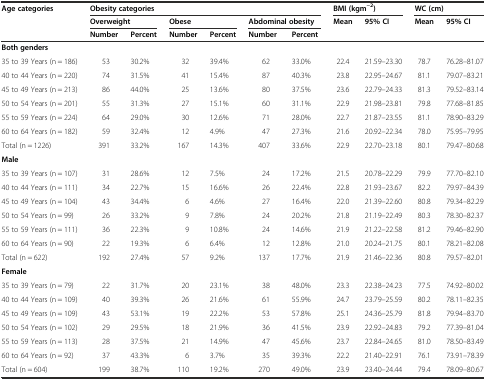
<table><thead><tr><td><b>Age categories</b></td><td colspan="6"><b>Obesity categories</b></td><td colspan="2"><b>BMI (kgm<sup>−2</sup>)</b></td><td colspan="2"><b>WC (cm)</b></td></tr><tr><td></td><td colspan="2"><b>Overweight</b></td><td colspan="2"><b>Obese</b></td><td colspan="2"><b>Abdominal obesity</b></td><td><b>Mean</b></td><td><b>95% CI</b></td><td><b>Mean</b></td><td><b>95% CI</b></td></tr><tr><td></td><td><b>Number</b></td><td><b>Percent</b></td><td><b>Number</b></td><td><b>Percent</b></td><td><b>Number</b></td><td><b>Percent</b></td><td></td><td></td><td></td><td></td></tr></thead><tbody><tr><td><b>Both genders</b></td><td></td><td></td><td></td><td></td><td></td><td></td><td></td><td></td><td></td><td></td></tr><tr><td>35 to 39 Years (n = 186)</td><td>53</td><td>30.2%</td><td>32</td><td>39.4%</td><td>62</td><td>33.0%</td><td>22.4</td><td>21.59–23.30</td><td>78.7</td><td>76.28–81.07</td></tr><tr><td>40 to 44 Years (n = 220)</td><td>74</td><td>31.5%</td><td>41</td><td>15.4%</td><td>87</td><td>40.3%</td><td>23.8</td><td>22.95–24.67</td><td>81.1</td><td>79.07–83.21</td></tr><tr><td>45 to 49 Years (n = 213)</td><td>86</td><td>44.0%</td><td>25</td><td>13.6%</td><td>80</td><td>37.5%</td><td>23.6</td><td>22.79–24.33</td><td>81.3</td><td>79.52–83.14</td></tr><tr><td>50 to 54 Years (n = 201)</td><td>55</td><td>31.3%</td><td>27</td><td>15.1%</td><td>60</td><td>31.1%</td><td>22.9</td><td>21.98–23.81</td><td>79.8</td><td>77.68–81.85</td></tr><tr><td>55 to 59 Years (n = 224)</td><td>64</td><td>29.0%</td><td>30</td><td>12.6%</td><td>71</td><td>28.0%</td><td>22.7</td><td>21.87–23.55</td><td>81.1</td><td>78.90–83.29</td></tr><tr><td>60 to 64 Years (n = 182)</td><td>59</td><td>32.4%</td><td>12</td><td>4.9%</td><td>47</td><td>27.3%</td><td>21.6</td><td>20.92–22.34</td><td>78.0</td><td>75.95–79.95</td></tr><tr><td>Total (n = 1226)</td><td>391</td><td>33.2%</td><td>167</td><td>14.3%</td><td>407</td><td>33.6%</td><td>22.9</td><td>22.70–23.18</td><td>80.1</td><td>79.47–80.68</td></tr><tr><td><b>Male</b></td><td></td><td></td><td></td><td></td><td></td><td></td><td></td><td></td><td></td><td></td></tr><tr><td>35 to 39 Years (n = 107)</td><td>31</td><td>28.6%</td><td>12</td><td>7.5%</td><td>24</td><td>17.2%</td><td>21.5</td><td>20.78–22.29</td><td>79.9</td><td>77.70–82.10</td></tr><tr><td>40 to 44 Years (n = 111)</td><td>34</td><td>22.7%</td><td>15</td><td>16.6%</td><td>26</td><td>22.4%</td><td>22.8</td><td>21.93–23.67</td><td>82.2</td><td>79.97–84.39</td></tr><tr><td>45 to 49 Years (n = 104)</td><td>43</td><td>34.4%</td><td>6</td><td>4.6%</td><td>27</td><td>16.4%</td><td>22.0</td><td>21.39–22.60</td><td>80.8</td><td>79.34–82.29</td></tr><tr><td>50 to 54 Years (n = 99)</td><td>26</td><td>33.2%</td><td>9</td><td>7.8%</td><td>24</td><td>20.2%</td><td>21.8</td><td>21.19–22.49</td><td>80.3</td><td>78.30–82.37</td></tr><tr><td>55 to 59 Years (n = 111)</td><td>36</td><td>22.3%</td><td>9</td><td>10.8%</td><td>24</td><td>14.6%</td><td>21.9</td><td>21.22–22.58</td><td>81.2</td><td>79.46–82.90</td></tr><tr><td>60 to 64 Years (n = 90)</td><td>22</td><td>19.3%</td><td>6</td><td>6.4%</td><td>12</td><td>12.8%</td><td>21.0</td><td>20.24–21.75</td><td>80.1</td><td>78.21–82.08</td></tr><tr><td>Total (n = 622)</td><td>192</td><td>27.4%</td><td>57</td><td>9.2%</td><td>137</td><td>17.7%</td><td>21.9</td><td>21.46–22.36</td><td>80.8</td><td>79.57–82.01</td></tr><tr><td><b>Female</b></td><td></td><td></td><td></td><td></td><td></td><td></td><td></td><td></td><td></td><td></td></tr><tr><td>35 to 39 Years (n = 79)</td><td>22</td><td>31.7%</td><td>20</td><td>23.1%</td><td>38</td><td>48.0%</td><td>23.3</td><td>22.38–24.23</td><td>77.5</td><td>74.92–80.02</td></tr><tr><td>40 to 44 Years (n = 109)</td><td>40</td><td>39.3%</td><td>26</td><td>21.6%</td><td>61</td><td>55.9%</td><td>24.7</td><td>23.79–25.59</td><td>80.2</td><td>78.11–82.35</td></tr><tr><td>45 to 49 Years (n = 109)</td><td>43</td><td>53.1%</td><td>19</td><td>22.2%</td><td>53</td><td>57.8%</td><td>25.1</td><td>24.36–25.79</td><td>81.8</td><td>79.94–83.70</td></tr><tr><td>50 to 54 Years (n = 102)</td><td>29</td><td>29.5%</td><td>18</td><td>21.9%</td><td>36</td><td>41.5%</td><td>23.9</td><td>22.92–24.83</td><td>79.2</td><td>77.39–81.04</td></tr><tr><td>55 to 59 Years (n = 113)</td><td>28</td><td>37.5%</td><td>21</td><td>14.9%</td><td>47</td><td>45.6%</td><td>23.7</td><td>22.84–24.65</td><td>81.0</td><td>78.50–83.49</td></tr><tr><td>60 to 64 Years (n = 92)</td><td>37</td><td>43.3%</td><td>6</td><td>3.7%</td><td>35</td><td>39.3%</td><td>22.2</td><td>21.40–22.91</td><td>76.1</td><td>73.91–78.39</td></tr><tr><td>Total (n = 604)</td><td>199</td><td>38.7%</td><td>110</td><td>19.2%</td><td>270</td><td>49.0%</td><td>23.9</td><td>23.40–24.44</td><td>79.4</td><td>78.09–80.67</td></tr></tbody></table>